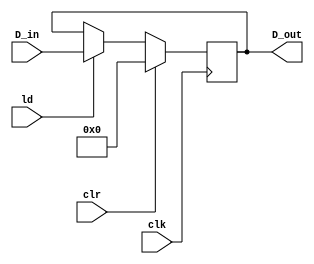
`timescale 1ns / 1ps
//////////////////////////////////////////////////////////////////////////////////
// Company: 
// Engineer: 
// 
// Design Name: 
// Module Name:    register_mem 
// Project Name: 
// Target Devices: 
// Tool versions: 
// Description: 
//
// Dependencies: 
//
// Revision: 
// Revision 0.01 - File Created
// Additional Comments: 
//
//////////////////////////////////////////////////////////////////////////////////








module register_mem(clk, clr, ld, D_in, D_out);
input clk, clr, ld;
input [3:0] D_in;
output reg [3:0] D_out;

always@(posedge clk) begin
if(clr) begin
D_out <= 0;
end
else if (ld) begin
D_out <= D_in;
end
end

endmodule